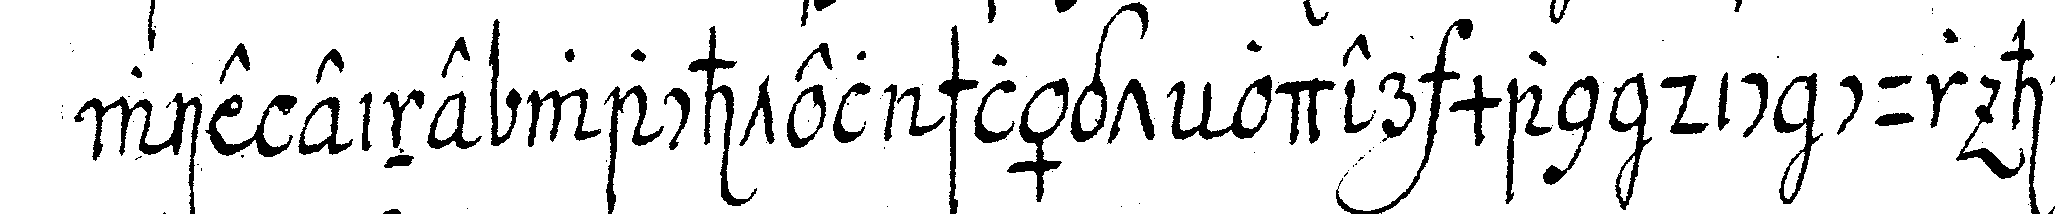
wie eine wachtel schlägt oder man dic cur hic